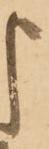
申